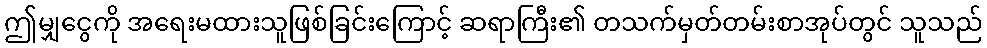
ဤမျှငွေကို အရေးမထားသူဖြစ်ခြင်းကြောင့် ဆရာကြီး၏ တသက်မှတ်တမ်းစာအုပ်တွင် သူသည်